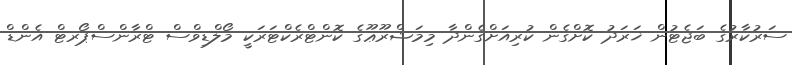
ސަރުކާރުގެ ބަޖެޓުން ޚަރަދު ކޮށްގެން ކުރިއަށްގެންދާ މިމަޝްރޫޢޫގެ ކޮންޓްރެކްޓަރަކީ މޯލްޑިވްސް ޓްރާންސްޕޯރޓް އެންޑް